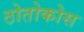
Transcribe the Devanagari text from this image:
ठोतोकोस